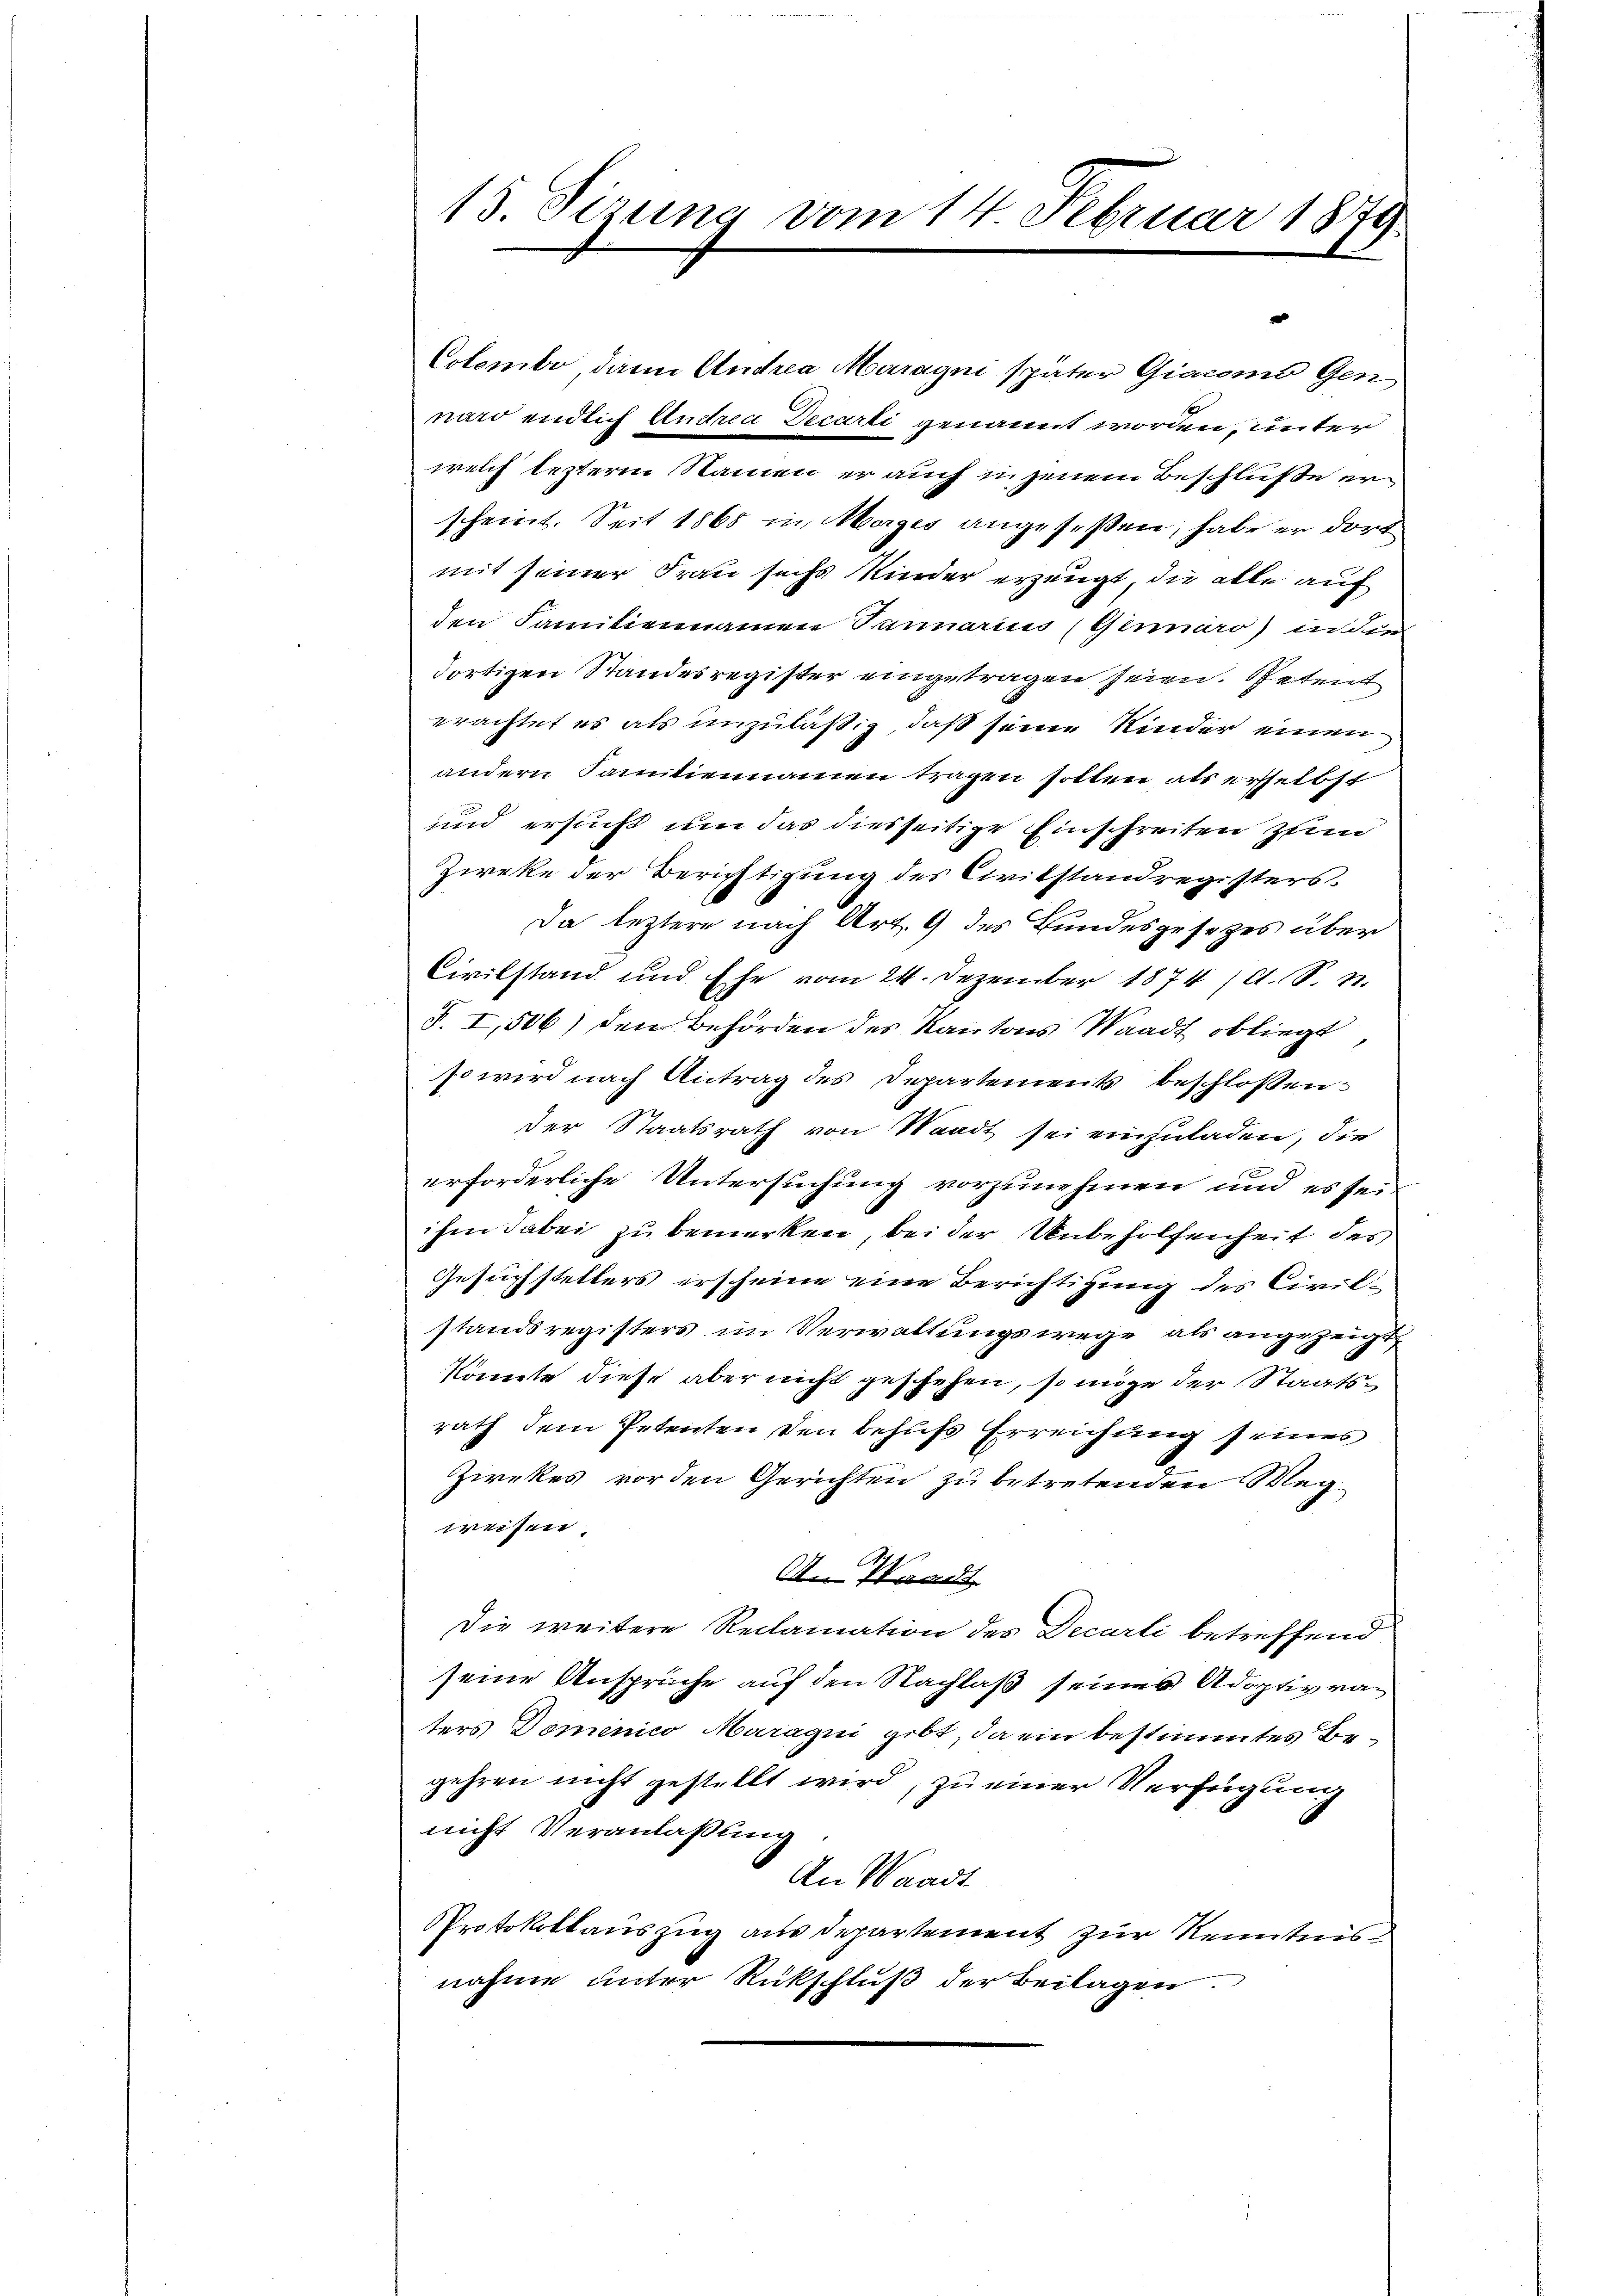
Cotombe dann Andrea Marayni später Giacomo Gen
nard endlich Andrea Decarli genannt worden, unter
welch lezterm Namen er auch in jenem Beschlüße er
scheint. Seit 1865 in Morges angeseßen, habe er dort
mit seiner Frau sechs Kinder erzeugt, die alle auf
den Familiennamen Januarius (Ginnáro) in dem
dortigen Standesregister eingetragen seien. Petent
erachtet es als unzuläßig, daß seine Kinder einen
andern Familiennamen tragen sollen, als ersselbst
und ersucht um das diesseitige Einschreiten zum
Zieke der Berichtigung des Civilstandregisters.
Da leztere nach Art. 9 des Bundesgesetzes über
Civilstand und Ehe vom 24. Dezember 1874 (lt. S. n.
S. I, 506) den Behörden des Kantons Waadt obliegt
so wird nach Antrag des Departement beschlossen
der Staatsrath von Waadt sei einzuladen, die
E
erforderliche Untersuchung vorzunehmen und es sei
ihm dabei zu bemerken, bei der Unbeholfenheit des
Gesuchstellers erscheine eine Berichtigung des Civilstandsregisters im Verwaltungswege als angezeigt,
könnte diese aber nicht geschehen, so möge der Staatsrath dem Petenten den behufs Erreichung seines
Zirrkes vorden Gerichten zu betretenden Wegweisen.
A. Waadt
Die weitere Reclamation des Decarli betreffend
seine Ansprüche auf den Nachlaß seines Adoptivvaters Dominico Maragini gibt, da ein bestimmtes Begehren nicht gestellt wird, zu einer Verfügung
nicht Veranlassung.
An Waadt
Protokollauszug aus Departement zur Kenntnis
nahme unter Rückschluß der Beilagen.

13. Sizung vom 14. Februar 1879.